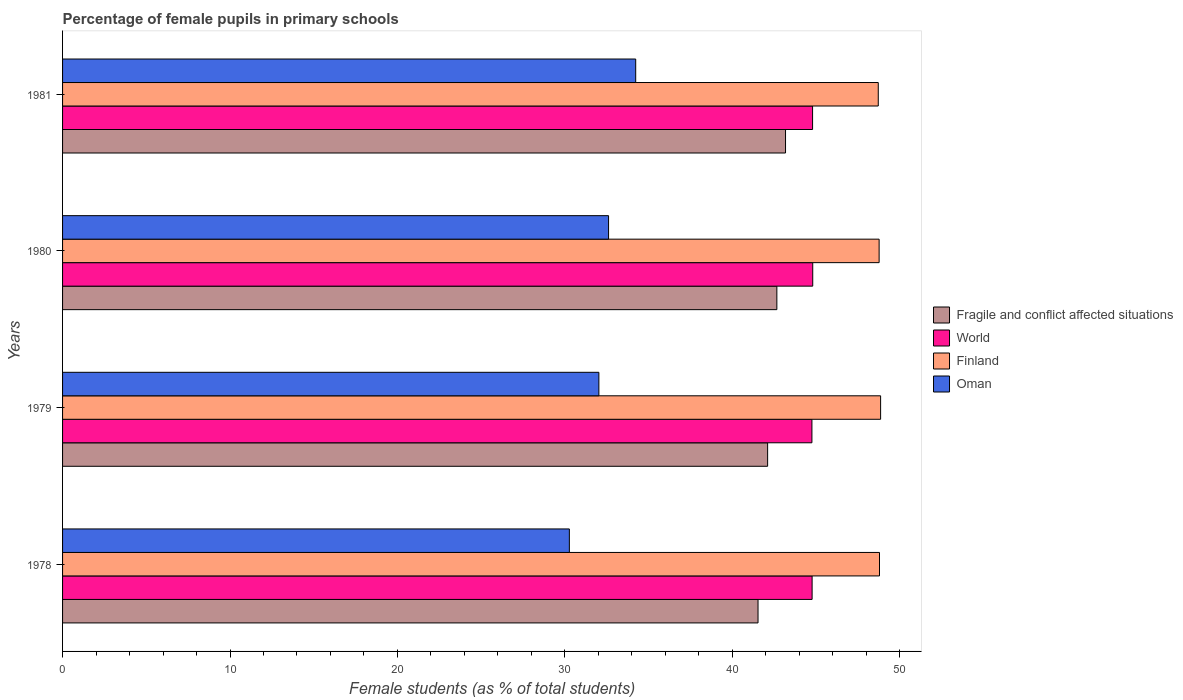
| Years | Fragile and conflict affected situations | World | Finland | Oman |
 | --- | --- | --- | --- | --- |
 | 1978 | 41.5 | 44.8 | 48.8 | 30.3 |
 | 1979 | 42.1 | 44.8 | 48.9 | 32 |
 | 1980 | 42.7 | 44.8 | 48.8 | 32.6 |
 | 1981 | 43.2 | 44.8 | 48.7 | 34.2 |